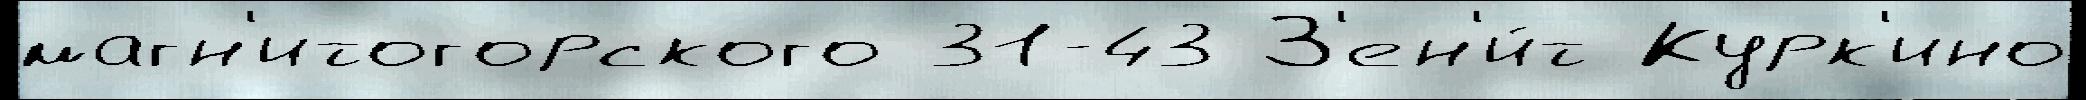
магн'итогорского 31-43 З'ен'и́т Курк'ино